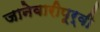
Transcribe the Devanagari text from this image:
जानेवारीपूर्वी